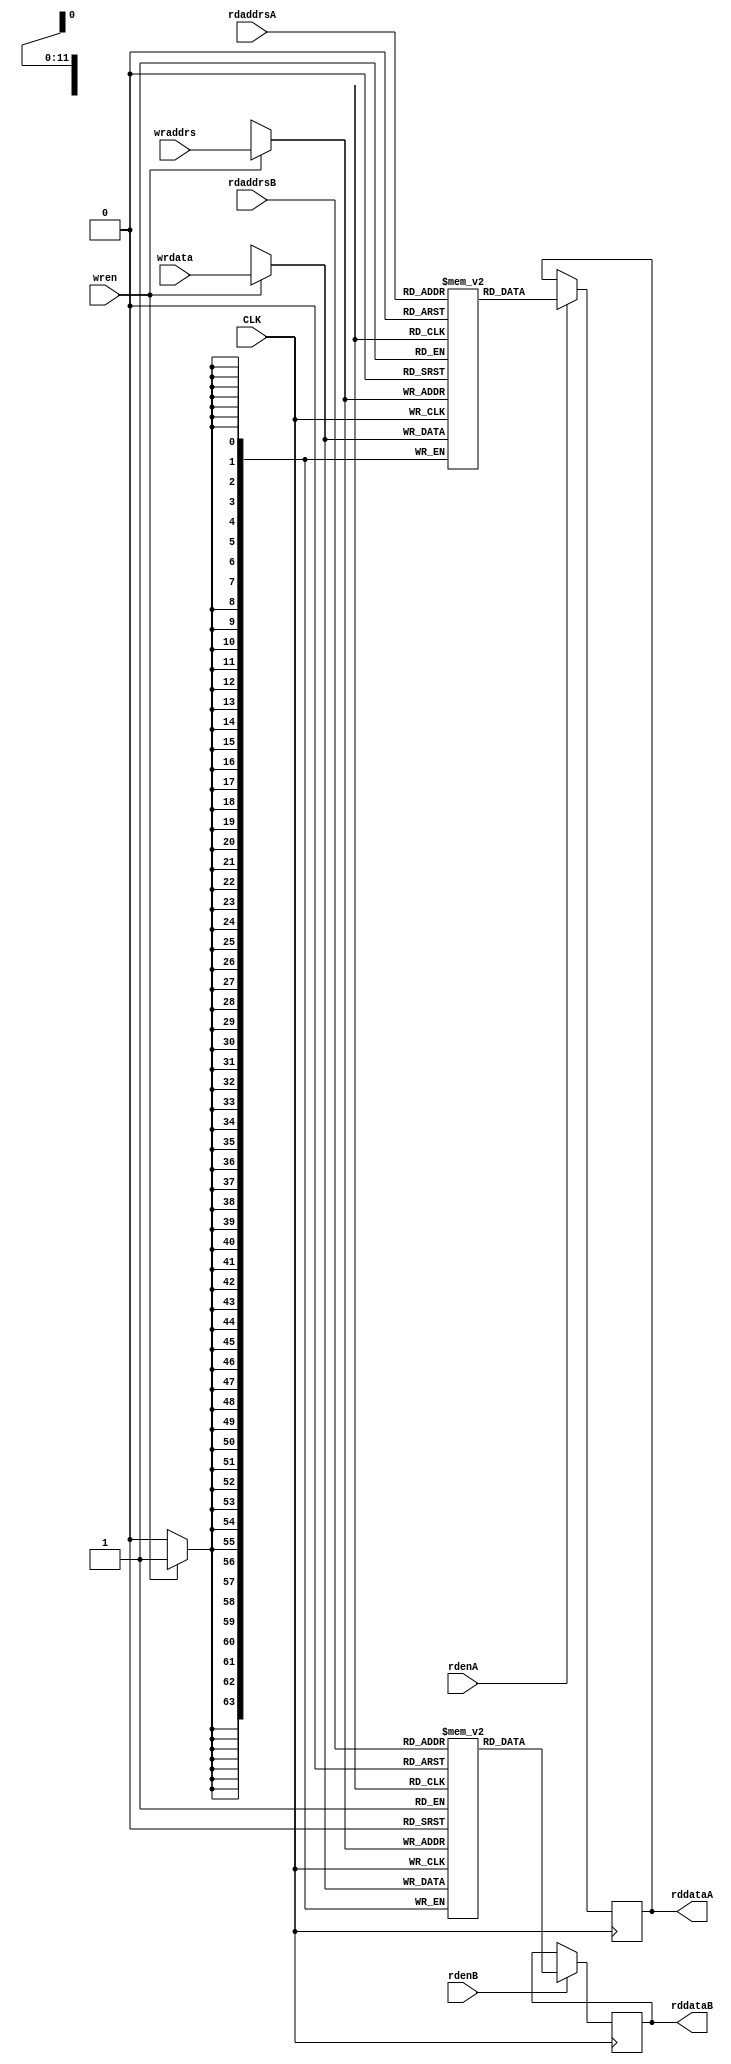
// RAM4kx64.v
//
// Version:  1.22  May 3, 2020
// Copyright (C) 2020.  All rights reserved.
//
////////////////////////////////////////////////////////////////////////////////////////////////////////////////////////
//                                                                                                                    //
//                                                 SYMPL Open-Source                                                  //
//                          HedgeHog Fused Spiking Neural Network Emulator/Compute Engine                             //
//                                    Evaluation and Product Development License                                      //
//                                                                                                                    //
//                                                                                                                    //
// Open-source means:  this source code and this instruction set ("this IP") may be freely downloaded, copied,        //
// modified, distributed and used in accordance with the terms and conditons of the licenses provided herein.         //
//                                                                                                                    //
// Provided that you comply with all the terms and conditions set forth herein, Jerry D. Harthcock ("licensor"),      //
// the original author and exclusive copyright owner of this HedgeHog Fused Spiking Neural Network Emulator/Compute   //
// Engine, including related development software ("this IP"), hereby grants recipient of this IP ("licensee"),       //
// a world-wide, paid-up, non-exclusive license to implement this IP within the programmable fabric of Xilinx Kintex  //
// Ultra Plus brand FPGAs--only--and used only for the purposes of evaluation, education, and development of end      //
// products and related development tools.                                                                            //
//                                                                                                                    //
// Furthermore, limited to the purposes of prototyping, evaluation, characterization and testing of implementations   //
// in a hard, custom or semi-custom ASIC, any university or institution of higher education may have their            //
// implementation of this IP produced for said limited purposes at any foundary of their choosing provided that such  //
// prototypes do not ever wind up in commercial circulation, with this license extending to such foundary and is in   //
// connection with said academic pursuit under the supervision of said university or institution of higher education. //
//                                                                                                                    //
// Any copying, distribution, customization, modification, or derivative work of this IP must include an exact copy   //
// of this license and original copyright notice at the very top of each source file and any derived netlist, and,    //
// in the case of binaries, a printed copy of this license and/or a text format copy in a separate file distributed   //
// with said netlists or binary files having the file name, "LICENSE.txt".  You, the licensee, also agree not to      //
// remove any copyright notices from any source file covered or distributed under this Evaluation and Product         //
// Development License.                                                                                               //
//                                                                                                                    //
// LICENSOR DOES NOT WARRANT OR GUARANTEE THAT YOUR USE OF THIS IP WILL NOT INFRINGE THE RIGHTS OF OTHERS OR          //
// THAT IT IS SUITABLE OR FIT FOR ANY PURPOSE AND THAT YOU, THE LICENSEE, AGREE TO HOLD LICENSOR HARMLESS FROM        //
// ANY CLAIM BROUGHT BY YOU OR ANY THIRD PARTY FOR YOUR SUCH USE.                                                     //
//                                                                                                                    //
// Licensor reserves all his rights, including, but in no way limited to, the right to change or modify the terms     //
// and conditions of this Evaluation and Product Development License anytime without notice of any kind to anyone.    //
// By using this IP for any purpose, licensee agrees to all the terms and conditions set forth in this Evaluation     //
// and Product Development License.                                                                                   //
//                                                                                                                    //
// This Evaluation and Product Development License does not include the right to sell products that incorporate       //
// this IP or any IP derived from this IP. If you would like to obtain such a license, please contact Licensor.       //
//                                                                                                                    //
// Licensor can be contacted at:  SYMPL.gpu@gmail.com or Jerry.Harthcock@gmail.com                                    //
//                                                                                                                    //
////////////////////////////////////////////////////////////////////////////////////////////////////////////////////////

`timescale 1ns/100ps

module ram4kx64 #(parameter ADDRS_WIDTH = 12) (
    CLK,
    wren,
    wraddrs,
    wrdata,
    rdenA,
    rdaddrsA,
    rddataA,
    rdenB,
    rdaddrsB,
    rddataB
    );    

input  CLK;
input  wren;
input  [ADDRS_WIDTH-1:0] wraddrs;
input  [63:0] wrdata;
input  rdenA;
input  [ADDRS_WIDTH-1:0] rdaddrsA;
output [63:0] rddataA;
input  rdenB;
input  [ADDRS_WIDTH-1:0] rdaddrsB;
output [63:0] rddataB;


(* ram_style = "block" *) reg    [63:0] twoportRAMA[(2**ADDRS_WIDTH)-1:0];
(* ram_style = "block" *) reg    [63:0] twoportRAMB[(2**ADDRS_WIDTH)-1:0];

reg [63:0] rddataA;
reg [63:0] rddataB;

always @(posedge CLK) begin
    if (rdenA) rddataA <=  twoportRAMA[rdaddrsA];
end

always @(posedge CLK) begin
    if (rdenB) rddataB <=  twoportRAMB[rdaddrsB];
end

always @(posedge CLK) begin
    if (wren) twoportRAMA[wraddrs] <= wrdata;
end

always @(posedge CLK) begin
    if (wren) twoportRAMB[wraddrs] <= wrdata;
end


endmodule